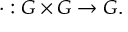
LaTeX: \cdot : G \times G \rightarrow G .